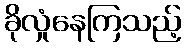
ခိုလှုံနေကြသည့်